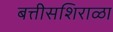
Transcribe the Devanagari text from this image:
बत्तीसशिराळा